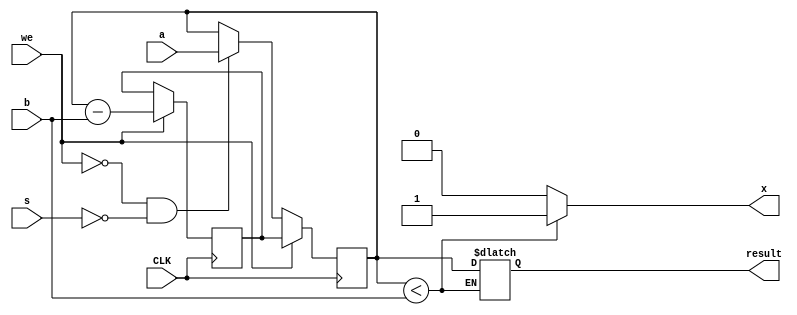
module ModDataPath(
    input CLK,
    input s,
    input we,
    input [31:0] a,
    input [31:0] b,
    output reg x,
    output reg [31:0] result
);
    reg [31:0] temp;    // Temporary storage register for subtraction
    reg [31:0] subtractionResult; // Result of subtraction

    // Register to store 'temp' value when 'we' is active
    always @(posedge CLK)
        begin
            if (!we && !s) 
                begin
                    temp <= a; 
                end
            if (we)
                begin
                    subtractionResult <= temp - b; // Subtract 'b' from 'temp' on clock edge
                    temp <= subtractionResult;     // Store the result in 'temp'
                end
        end

    // Output control logic
    always @(*)
        begin
            x = 1'b0; // Initialize 'x' to 0

            // If 'temp' is less than 'b', assign 'temp' to 'result' and set 'x' to 1
            if (temp < b)
                begin
                    result = temp; // Assign 'temp' to 'result'
                    x = 1'b1;      // Set 'x' to 1 to indicate completion
                end
        end

endmodule